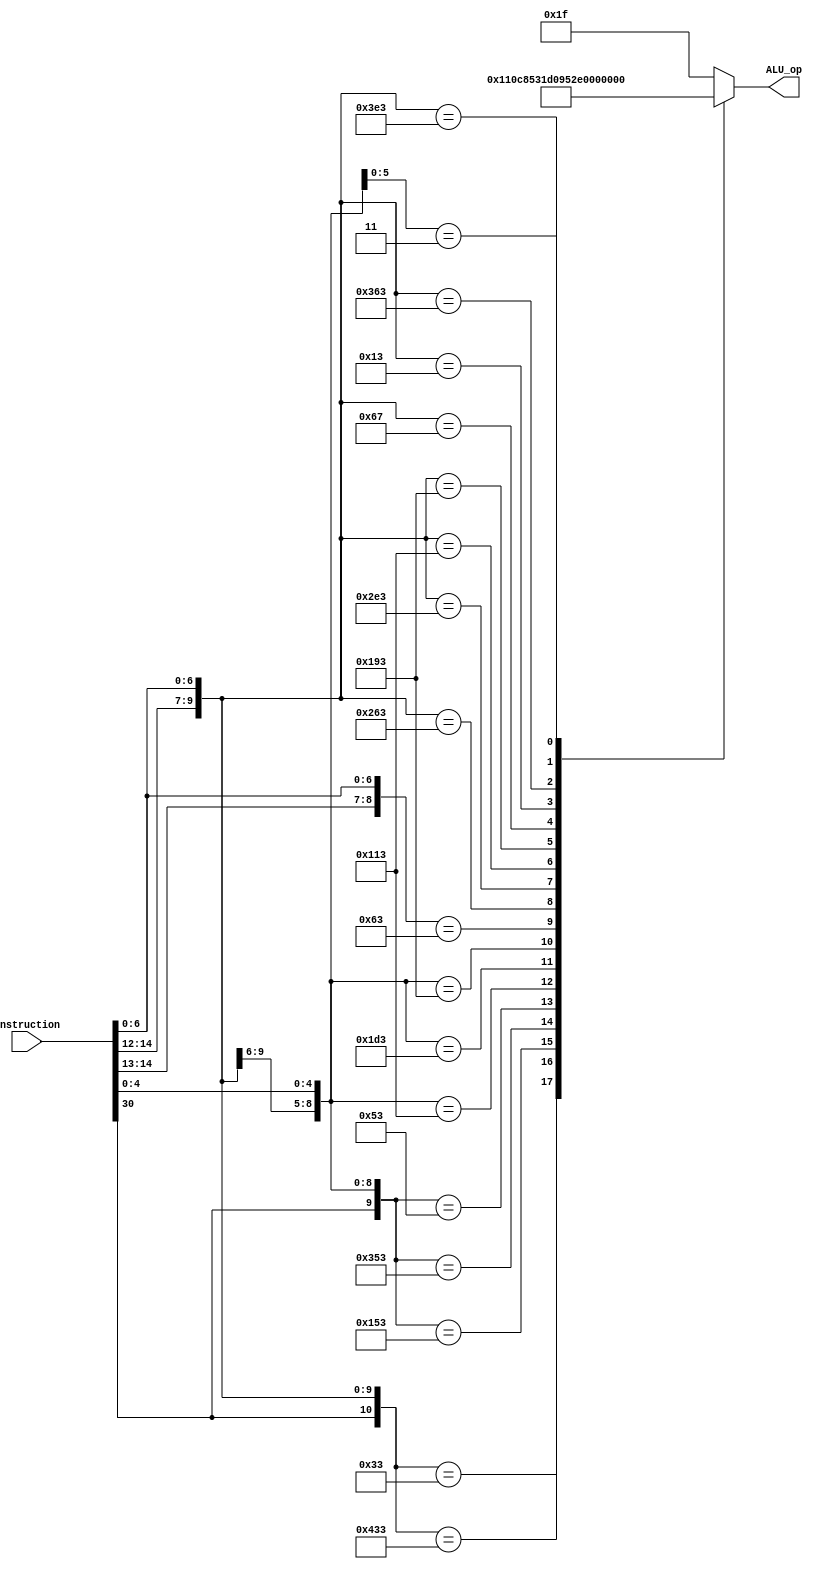
`timescale 1ns / 1ps
//////////////////////////////////////////////////////////////////////////////////
/*
The ALU control logic generation module, continuous assignment
Functions:  Generates the opcodes for the ALU
Inputs:     32-bit instruction
Outputs:    The opcode
*/ 
//////////////////////////////////////////////////////////////////////////////////


module ALU_control_gen(
    input [31:0] instruction,
    output reg [4:0] ALU_op
    );
    
    always @(*)
    begin
    
        casez ({instruction[30], instruction[14:12], instruction [6:0]})
        
        11'b00000110011:
            ALU_op <= 5'b00000;
        11'b10000110011:
            ALU_op <= 5'b00001;
        11'b01010?10011:
            ALU_op <= 5'b00010;
        11'b11010?10011:
            ALU_op <= 5'b00011;
        11'b00010?10011:
            ALU_op <= 5'b00100;
        11'b?1000?10011:
            ALU_op <= 5'b00101;
        11'b?1110?10011:
            ALU_op <= 5'b00110;
        11'b?1100?10011:
            ALU_op <= 5'b00111;
        11'b?00?1100011:
            ALU_op <= 5'b01000;
        11'b?1001100011:
            ALU_op <= 5'b01001;
        11'b?1011100011:
            ALU_op <= 5'b01010;
        11'b?0100010011:
            ALU_op <= 5'b01011;
        11'b?0110010011:
            ALU_op <= 5'b01100;
        11'b?0001100111:
            ALU_op <= 5'b01101;
        11'b?0000010011:
            ALU_op <= 5'b01110;
        11'b?1101100011:
            ALU_op <= 5'b01111;
        11'b?1111100011:
            ALU_op <= 5'b10000;
        11'b????0?00011:
            ALU_op <= 5'b10001;
            
        default:
            ALU_op <= 5'b11111;
            
        endcase
    end
endmodule